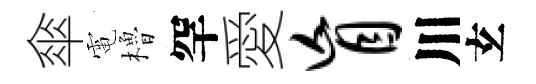
傘電櫓罕愛盲川𤣥